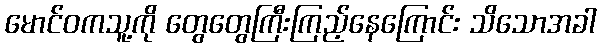
မောင်ဝကသူ့ကို တွေတွေကြီးကြည့်နေကြောင်း သိသောအခါ